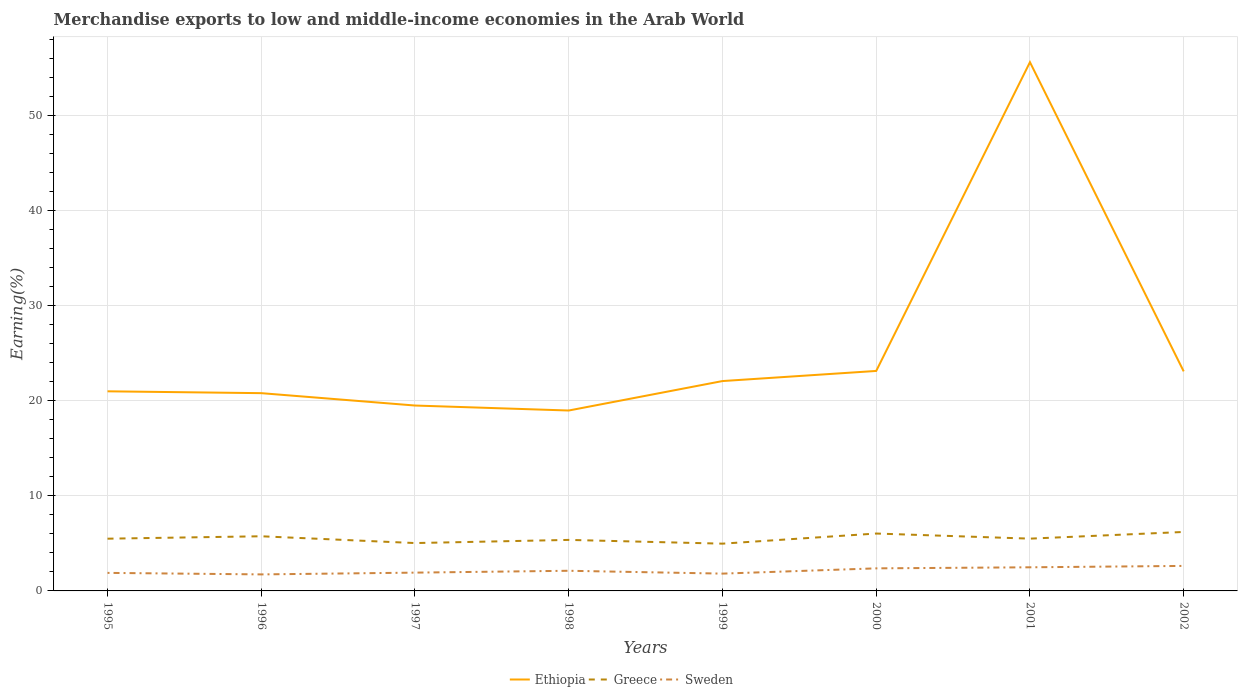
| Years | Ethiopia | Greece | Sweden |
 | --- | --- | --- | --- |
 | 1995 | 21 | 5.5 | 1.9 |
 | 1996 | 20.8 | 5.75 | 1.74 |
 | 1997 | 19.5 | 5.04 | 1.93 |
 | 1998 | 19 | 5.37 | 2.12 |
 | 1999 | 22.1 | 4.97 | 1.82 |
 | 2000 | 23.1 | 6.04 | 2.37 |
 | 2001 | 55.6 | 5.5 | 2.49 |
 | 2002 | 23.1 | 6.2 | 2.63 |